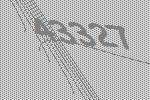
43327